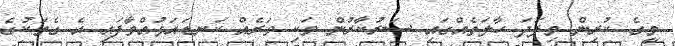
މީގެ ކުރިން މިފަދަ ހާލަތެއްގައި ސަރުކާރުން ވަކި ވަރެއް ކަނޑައަޅުއްވާފައި އެ ގެތަކުގެ